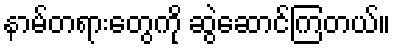
နာမ်တရားတွေကို ဆွဲဆောင်ကြတယ်။